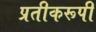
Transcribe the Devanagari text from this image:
प्रतीकरूपी